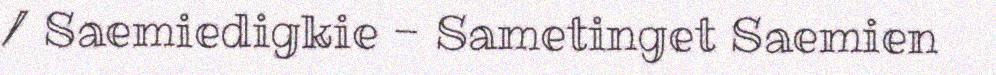
/ Saemiedigkie - Sametinget Saemien